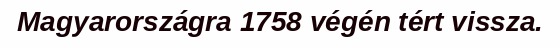
Magyarországra 1758 végén tért vissza.